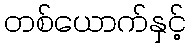
တစ်ယောက်နှင့်